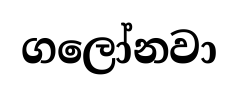
ගලෝනවා